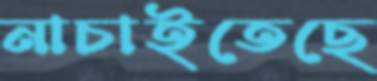
নাচাইতেছে